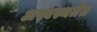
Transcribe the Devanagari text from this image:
अस्वस्थतेत